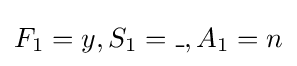
F_{1}=y,S_{1}=\_,A_{1}=n